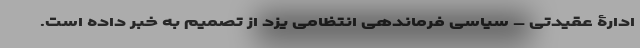
ادارۀ عقیدتی – سیاسی فرماندهی انتظامی یزد از تصمیم به خبر داده است.